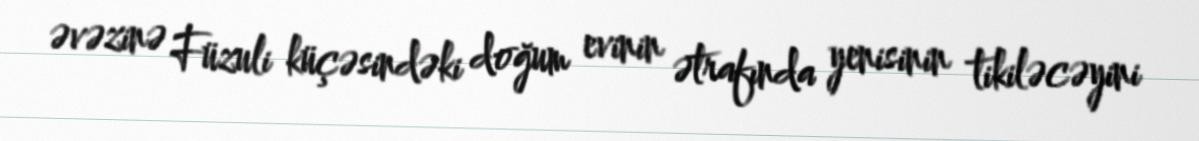
əvəzinə Füzuli küçəsindəki doğum evinin ətrafında yenisinin tikiləcəyini